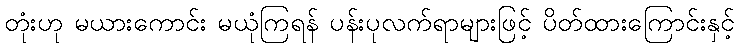
တုံးဟု မယားကောင်း မယုံကြရန် ပန်းပုလက်ရာများဖြင့် ပိတ်ထားကြောင်းနှင့်